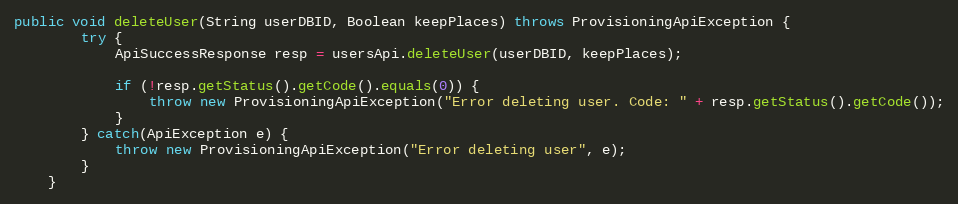
Language: Java
public void deleteUser(String userDBID, Boolean keepPlaces) throws ProvisioningApiException {
		try {
			ApiSuccessResponse resp = usersApi.deleteUser(userDBID, keepPlaces);

			if (!resp.getStatus().getCode().equals(0)) {
				throw new ProvisioningApiException("Error deleting user. Code: " + resp.getStatus().getCode());
			}
        } catch(ApiException e) {
        	throw new ProvisioningApiException("Error deleting user", e);
        }
	}